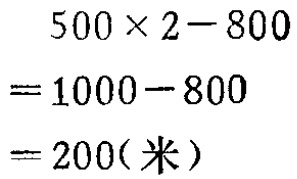
\[

\begin{align*}

&500\times2 - 800\\

=&1000 - 800\\

=&200(\text{米})

\end{align*}

\]